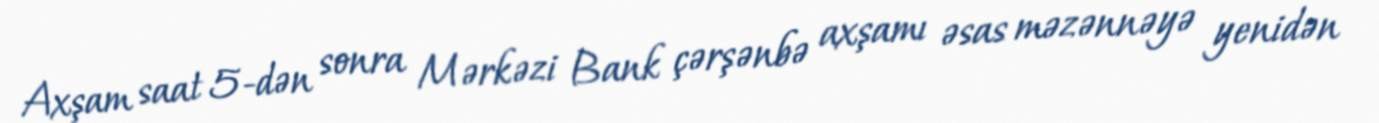
Axşam saat 5-dən sonra Mərkəzi Bank çərşənbə axşamı əsas məzənnəyə yenidən